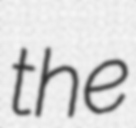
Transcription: the